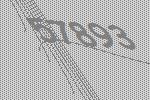
57893